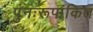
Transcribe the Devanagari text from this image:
पुनःरूपांकित